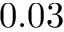
0 . 0 3